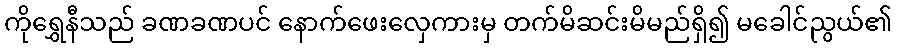
ကိုရွှေနီသည် ခဏခဏပင် နောက်ဖေးလှေကားမှ တက်မိဆင်းမိမည်ရှိ၍ မခေါင်ညွယ်၏